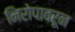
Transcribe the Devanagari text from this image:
निरोपावरून